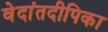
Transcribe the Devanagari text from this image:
वेदांतदीपिका